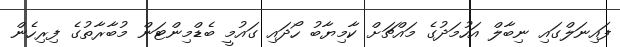
ފައިނަލްގައި ނިބާލް އަހުމަދުގެ މައްޗަށް ކާމިޔާބު ހޯދައި ގައުމީ ބެޑްމިންޓަން މުބާރާތުގެ ފިރިހެން